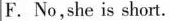
F. No，she is short.